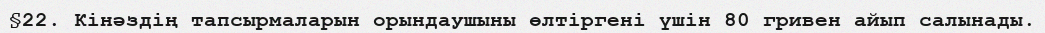
§22. Кінәздің тапсырмаларын орындаушыны өлтіргені үшін 80 гривен айып салынады.